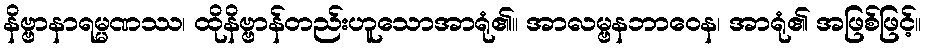
နိဗ္ဗာနာရမ္မဏဿ၊ ထိုနိဗ္ဗာန်တည်းဟူသောအာရုံ၏။ အာလမ္ဗနဘာဝေန၊ အာရုံ၏ အဖြစ်ဖြင့်။